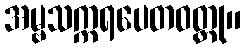
အမ္ဗသက္ကရပေတဝတ္ထု။